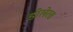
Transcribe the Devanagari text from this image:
डोलेरस